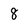
Character: 8